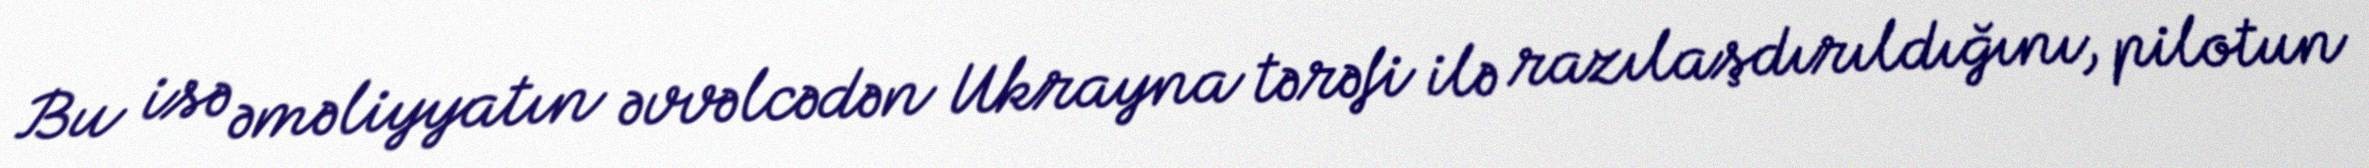
Bu isə əməliyyatın əvvəlcədən Ukrayna tərəfi ilə razılaşdırıldığını, pilotun